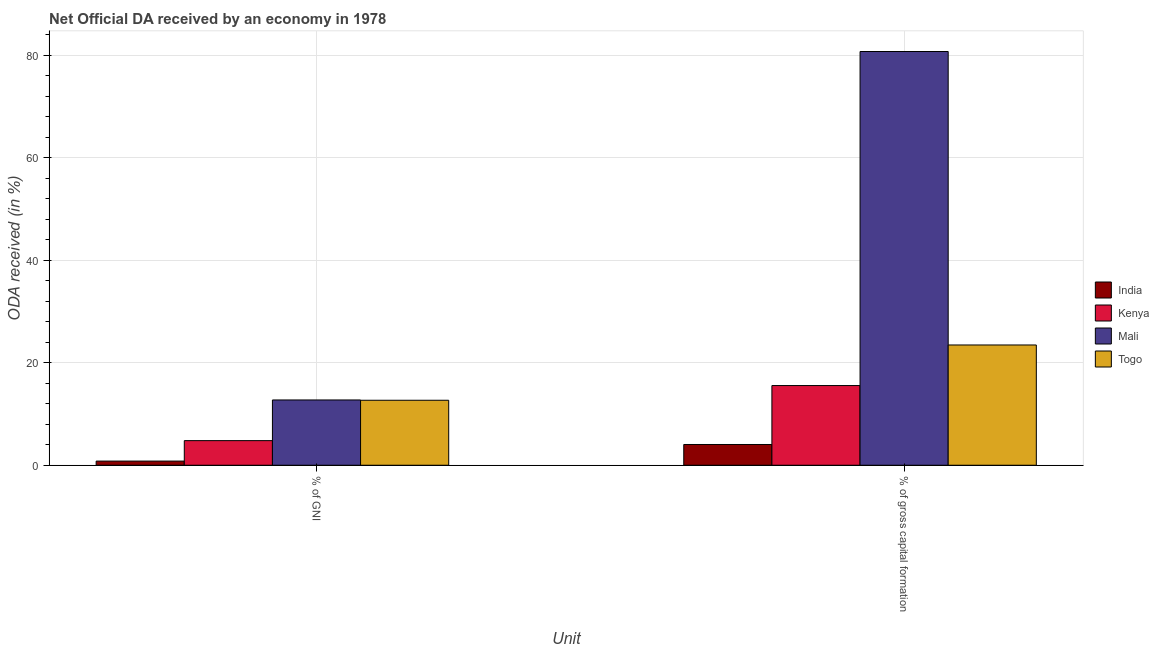
| Unit | India | Kenya | Mali | Togo |
 | --- | --- | --- | --- | --- |
 | % of GNI | 0.811 | 4.8 | 12.7 | 12.7 |
 | % of gross capital formation | 4.05 | 15.5 | 80.7 | 23.5 |